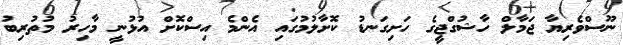
ނޫސްވެރިޔާ ޖަމާލް ހާޝުގްޖީގެ ހަށިގަނޑު ކޮށާލުމުގައި އެންމެ އިސްކޮށް އުޅުނީ މާހިރު މުތުރިބު